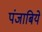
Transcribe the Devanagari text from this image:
पंजाबिये